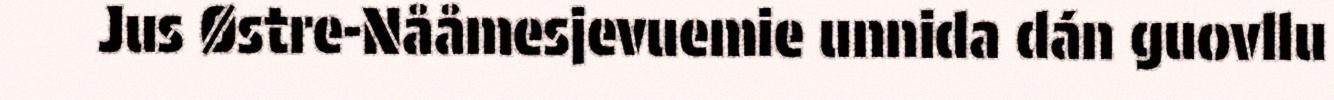
Jus Østre-Nååmesjevuemie unnida dán guovllu